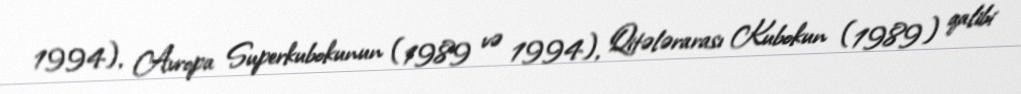
1994), Avropa Superkubokunun (1989 və 1994), Qitələrarası Kubokun (1989) qalibi